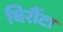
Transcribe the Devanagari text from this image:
चिरौंटा